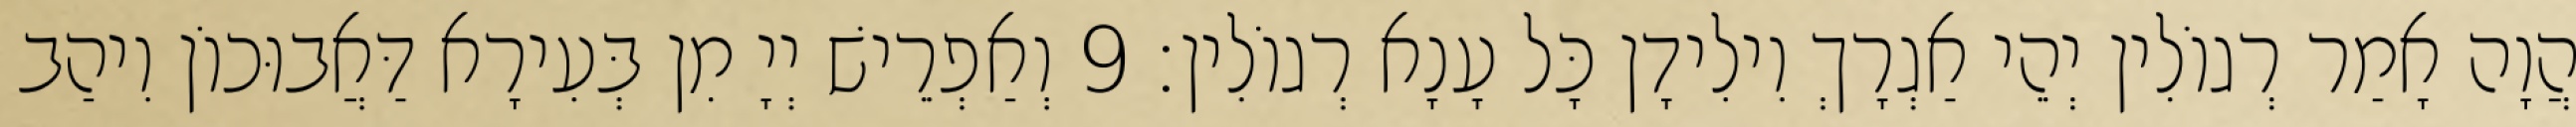
הֲוָה אָמַר רְגוֹלִין יְהֵי אַגְרָךְ וִילִידָן כָּל עָנָא רְגוֹלִין׃ 9 וְאַפְרֵישׁ יְיָ מִן בְּעִירָא דַּאֲבוּכוֹן וִיהַב